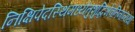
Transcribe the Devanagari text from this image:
निक्षिपेदस्थिमध्येतुशुद्धिर्भवतिनान्यथा